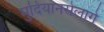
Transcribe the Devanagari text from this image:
मुदियानसेलागे